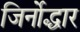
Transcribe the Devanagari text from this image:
जिर्नोद्धार